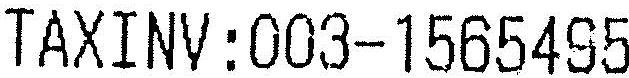
TAXINV:003-1565495